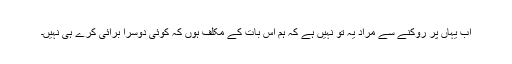
اب یہاں پر روکنے سے مراد یہ تو نہیں ہے کہ ہم اس بات کے مکلف ہوں کہ کوئی دوسرا برائی کرے ہی نہیں۔